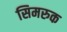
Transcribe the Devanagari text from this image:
सिमरुक